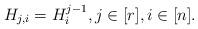
LaTeX: \begin{align*} H_{j, i} = H_{i}^{j - 1}, j \in [r], i \in [n].\end{align*}